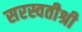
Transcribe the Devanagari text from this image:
सरस्वतीश्री